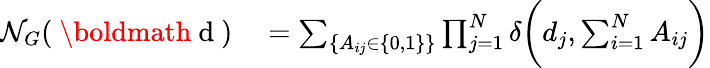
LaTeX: \begin{array}{rl}{\mathcal{N}_{G}(\mathrm{~\boldmath~d~})}&{{}=\sum_{\{ A_{ij}\in\{ 0,1\} \} }\prod_{j=1}^{N}\delta\biggl(d_{j},\sum_{i=1}^{N}A_{ij}\biggr)}\end{array}